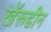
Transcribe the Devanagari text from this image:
खॅरूद्दीन